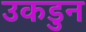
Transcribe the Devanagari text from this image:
उकडुन